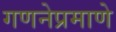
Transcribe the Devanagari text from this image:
गणनेप्रमाणे